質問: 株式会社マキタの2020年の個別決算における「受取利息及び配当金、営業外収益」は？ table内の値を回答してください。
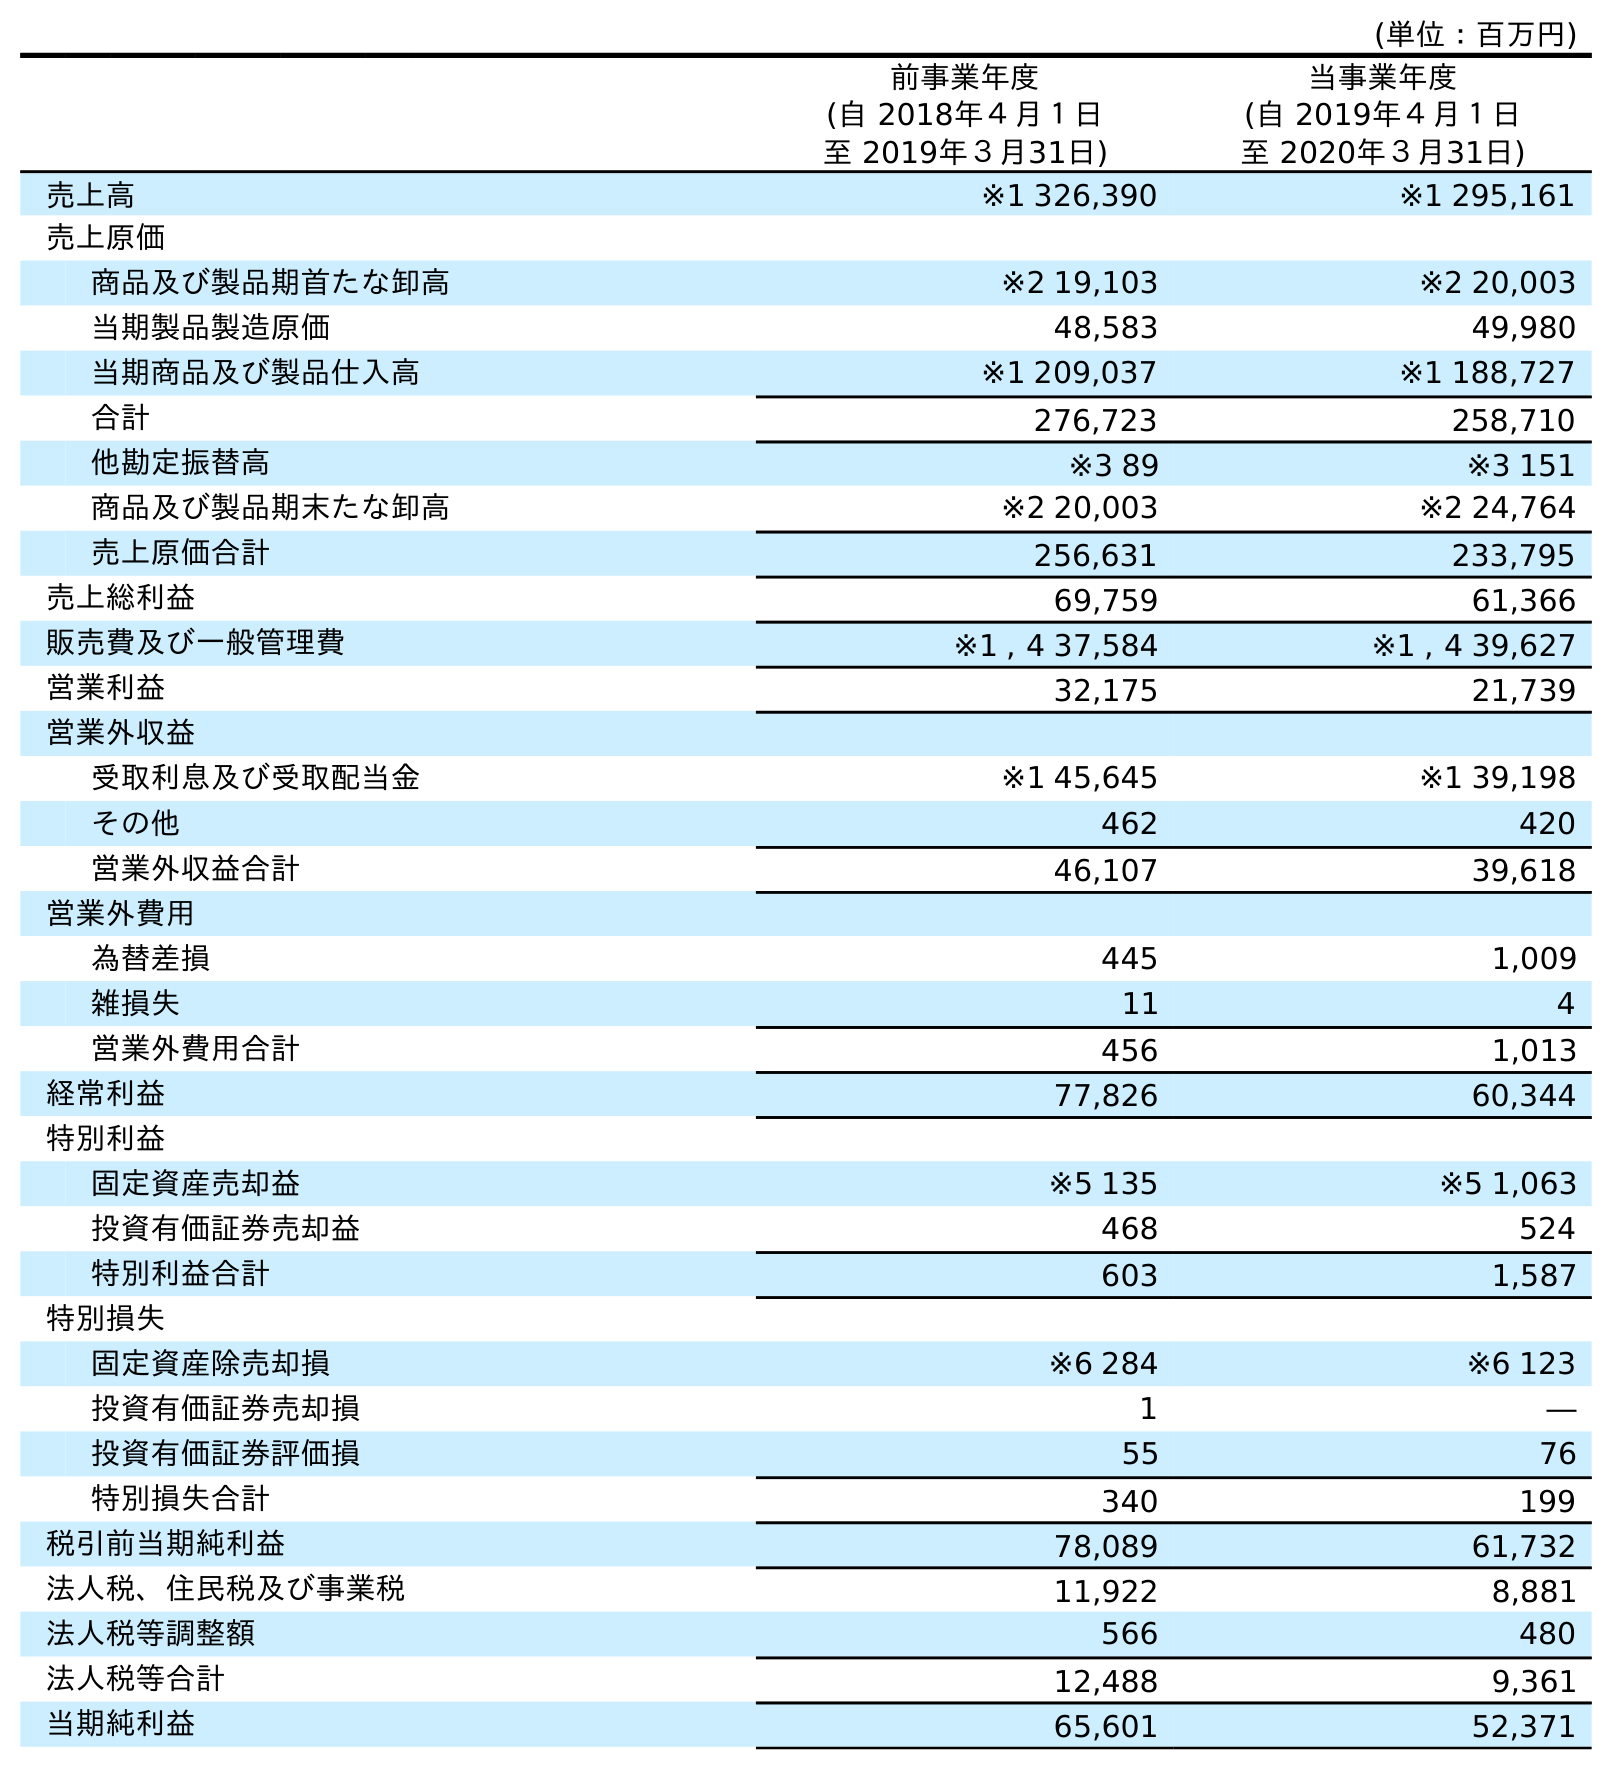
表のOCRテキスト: (単位：百万円) 前事業年度 (自 2018年４月１日 至 2019年３月31日) 当事業年度 (自 2019年４月１日 至 2020年３月31日) 売上高 ※1 326,390 ※1 295,161 売上原価 商品及び製品期首たな卸高 ※2 19,103 ※2 20,003 当期製品製造原価 48,583 49,980 当期商品及び製品仕入高 ※1 209,037 ※1 188,727 合計 276,723 258,710 他勘定振替高 ※3 89 ※3 151 商品及び製品期末たな卸高 ※2 20,003 ※2 24,764 売上原価合計 256,631 233,795 売上総利益 69,759 61,366 販売費及び一般管理費 ※1 , 4 37,584 ※1 , 4 39,627 営業利益 32,175 21,739 営業外収益 受取利息及び受取配当金 ※1 45,645 ※1 39,198 その他 462 420 営業外収益合計 46,107 39,618 営業外費用 為替差損 445 1,009 雑損失 11 4 営業外費用合計 456 1,013 経常利益 77,826 60,344 特別利益 固定資産売却益 ※5 135 ※5 1,063 投資有価証券売却益 468 524 特別利益合計 603 1,587 特別損失 固定資産除売却損 ※6 284 ※6 123 投資有価証券売却損 1 ― 投資有価証券評価損 55 76 特別損失合計 340 199 税引前当期純利益 78,089 61,732 法人税、住民税及び事業税 11,922 8,881 法人税等調整額 566 480 法人税等合計 12,488 9,361 当期純利益 65,601 52,371
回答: ※139,198